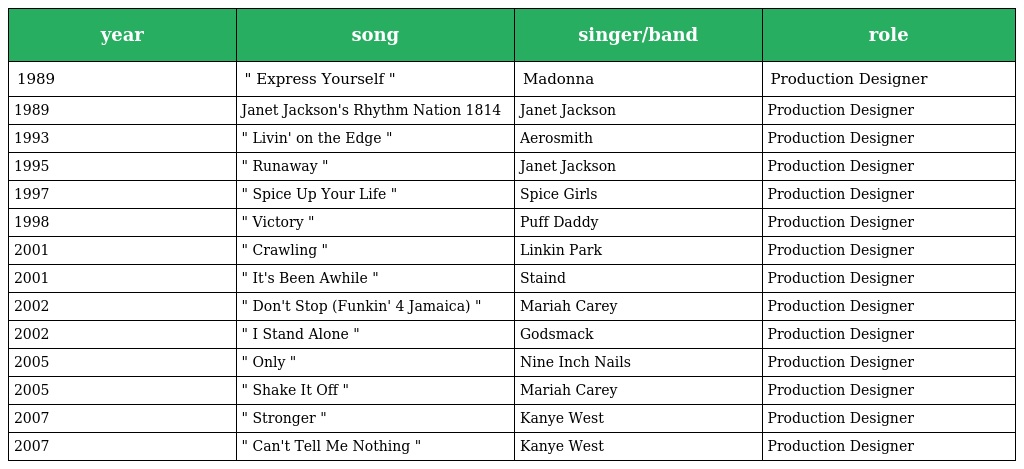
| year | song | singer/band | role |
 | --- | --- | --- | --- |
 | 1989 | " Express Yourself " | Madonna | Production Designer |
 | 1989 | Janet Jackson's Rhythm Nation 1814 | Janet Jackson | Production Designer |
 | 1993 | " Livin' on the Edge " | Aerosmith | Production Designer |
 | 1995 | " Runaway " | Janet Jackson | Production Designer |
 | 1997 | " Spice Up Your Life " | Spice Girls | Production Designer |
 | 1998 | " Victory " | Puff Daddy | Production Designer |
 | 2001 | " Crawling " | Linkin Park | Production Designer |
 | 2001 | " It's Been Awhile " | Staind | Production Designer |
 | 2002 | " Don't Stop (Funkin' 4 Jamaica) " | Mariah Carey | Production Designer |
 | 2002 | " I Stand Alone " | Godsmack | Production Designer |
 | 2005 | " Only " | Nine Inch Nails | Production Designer |
 | 2005 | " Shake It Off " | Mariah Carey | Production Designer |
 | 2007 | " Stronger " | Kanye West | Production Designer |
 | 2007 | " Can't Tell Me Nothing " | Kanye West | Production Designer |